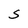
Character: S